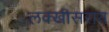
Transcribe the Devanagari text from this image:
लक्खीसराय